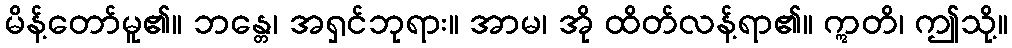
မိန့်တော်မူ၏။ ဘန္တေ၊ အရှင်ဘုရား။ အာမ၊ အို ထိတ်လန့်ရာ၏။ ဣတိ၊ ဤသို့။